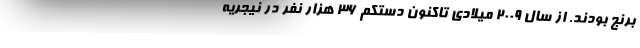
برنج بودند. از سال ۲۰۰۹ میلادی تاکنون دستکم ۳۶ هزار نفر در نیجریه